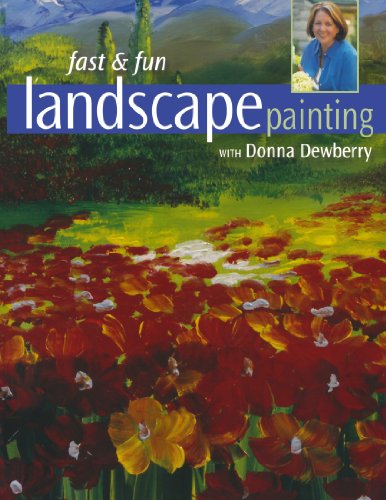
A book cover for Fast & Fun Landscape Painting with Donna Dewberry; Donna Dewberry; Arts & Photography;